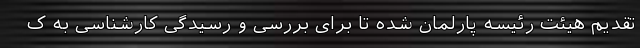
تقدیم هیئت رئیسه پارلمان شده تا برای بررسی و رسیدگی کارشناسی به ک